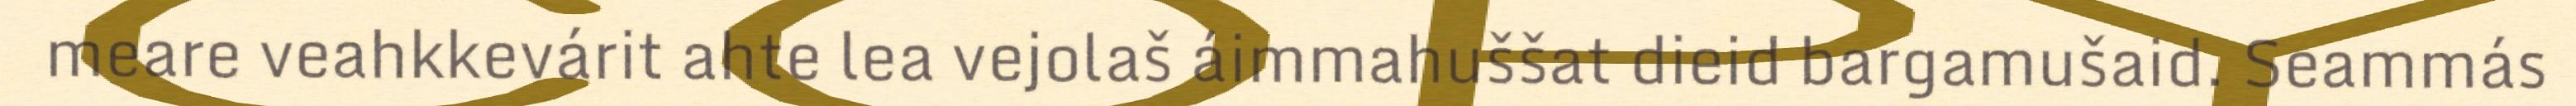
meare veahkkevárit ahte lea vejolaš áimmahuššat dieid bargamušaid. Seammás